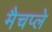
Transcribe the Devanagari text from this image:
मैचप्ले